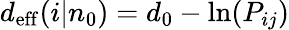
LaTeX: d_{\mathrm{eff}}(i|n_{0})=d_{0}-\ln(P_{ij})